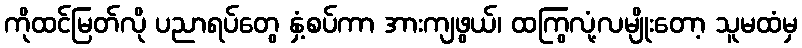
ကိုထင်မြတ်လို ပညာရပ်တွေ နှံ့စပ်ကာ အားကျဖွယ်၊ ထကြွလုံ့လမျိုးတော့ သူမထံမှ